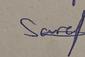
Signature authenticity: genuine